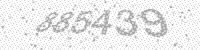
Solution: 885439